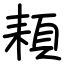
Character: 頛